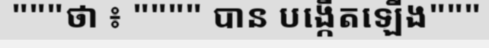
"""ថា ៖ """" បាន បង្កើតឡើង"""